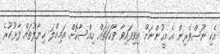
އެކި ނޫސްވެރިން އެ މީހުންނަށް އިވިފައިވާ ވާހަކަތައް ހިއްސާކޮށް އަމިއްލަ ޚިޔާލުތައް ފާޅުކުރެ